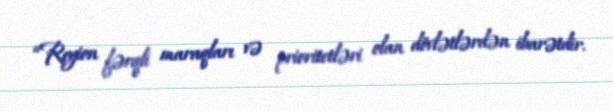
“Region fərqli maraqları və prioritetləri olan dövlətlərdən ibarətdir.